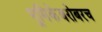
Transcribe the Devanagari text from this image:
भूमिकेबरोबरच